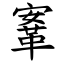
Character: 鞌